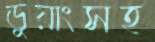
ডুয়াংসহ